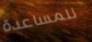
للمساعدة